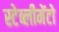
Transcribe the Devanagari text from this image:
स्टेब्लीमेंटो